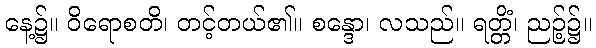
နေ့၌။ ဝိရောစတိ၊ တင့်တယ်၏။ စန္ဒော၊ လသည်။ ရတ္တိံ၊ ညဉ့်၌။